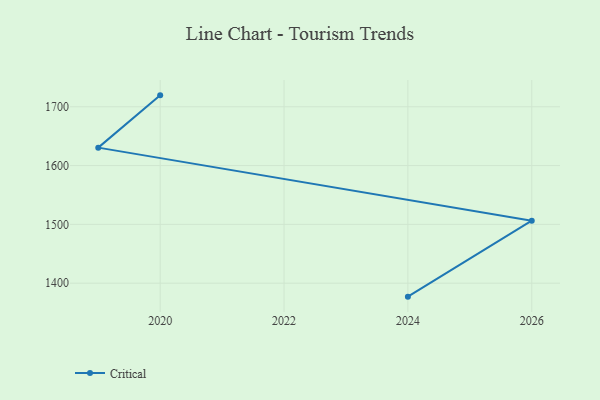
{"axis": {"x": "Year", "y": "Backlog"}, "legend": ["Critical"], "data": [{"x": "2024", "y": 1377.1, "type": "Critical"}, {"x": "2026", "y": 1506.3, "type": "Critical"}, {"x": "2019", "y": 1630.5, "type": "Critical"}, {"x": "2020", "y": 1719.4, "type": "Critical"}]}